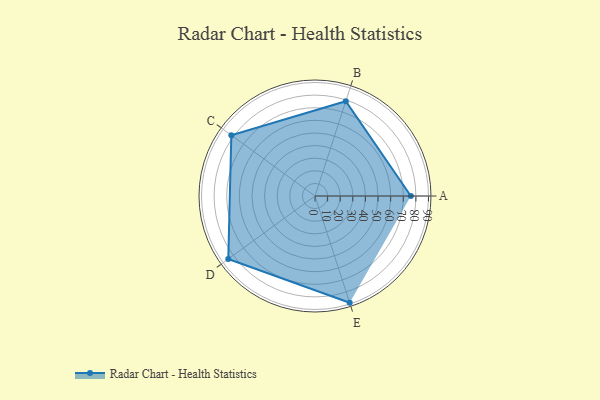
{"axis": {"x": "Skill", "y": "Score"}, "legend": ["Profile"], "data": [{"x": "A", "y": 76.0, "type": "Profile"}, {"x": "B", "y": 79.0, "type": "Profile"}, {"x": "C", "y": 82.0, "type": "Profile"}, {"x": "D", "y": 85.0, "type": "Profile"}, {"x": "E", "y": 89.0, "type": "Profile"}]}